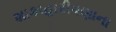
શાકાહારીપણાના